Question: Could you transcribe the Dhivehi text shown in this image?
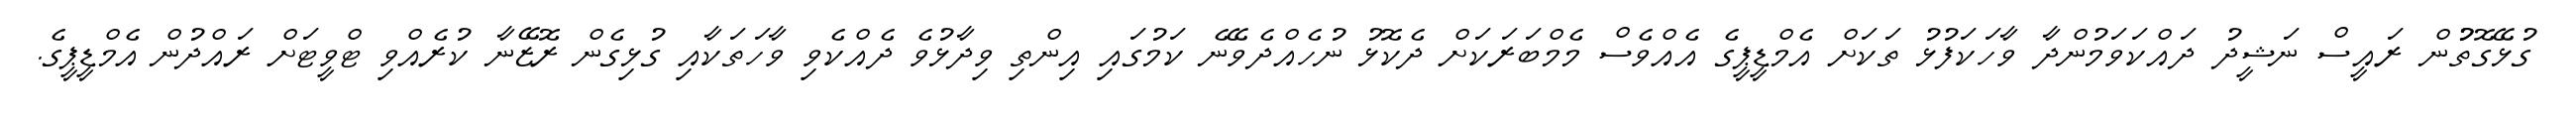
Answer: ގުޅޭގޮތުުން ރައީސް ނަޝީދު ދައްކަވަމުންދާ ވާހަކަފުޅު ތަކަށް އެމްޑީޕީގެ އެއްވެސް މެމްބަރަކަށް ދެކޮޅު ނުހެއްދެވޭނެ ކަމުގައި އިންތި ވިދާޅުވެ ދެއްކެވި ވާހަތަކާއި ގުޅިގެން ރޮޒޭނާ ކުރެއްވި ޓްވީޓަށް ރައްދުން އެމްޑީޕީގެ.